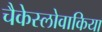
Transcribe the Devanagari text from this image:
चैकेस्लोवाकिया